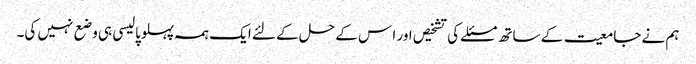
ہم نے جامعیت کے ساتھ مسئلے کی تشخیص اور ا س کے حل کے لئے ایک ہمہ پہلوپالیسی ہی وضع نہیں کی۔